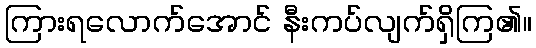
ကြားရလောက်အောင် နီးကပ်လျက်ရှိကြ၏။